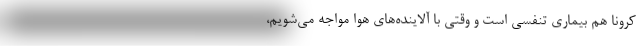
کرونا هم بیماری تنفسی است و وقتی با آلاینده‌های هوا مواجه می‌شویم،